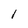
Character: l